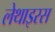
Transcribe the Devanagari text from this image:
लेथाइरस